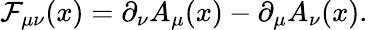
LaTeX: \mathcal{F}_{\mu\nu}(x)=\partial_{\nu}A_{\mu}(x)-\partial_{\mu}A_{\nu}(x).